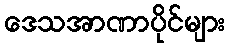
ဒေသအာဏာပိုင်များ